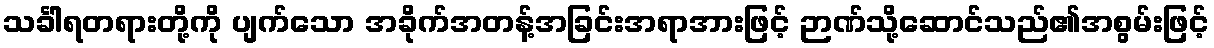
သင်္ခါရတရားတို့ကို ပျက်သော အခိုက်အတန့်အခြင်းအရာအားဖြင့် ဉာဏ်သို့ဆောင်သည်၏အစွမ်းဖြင့်